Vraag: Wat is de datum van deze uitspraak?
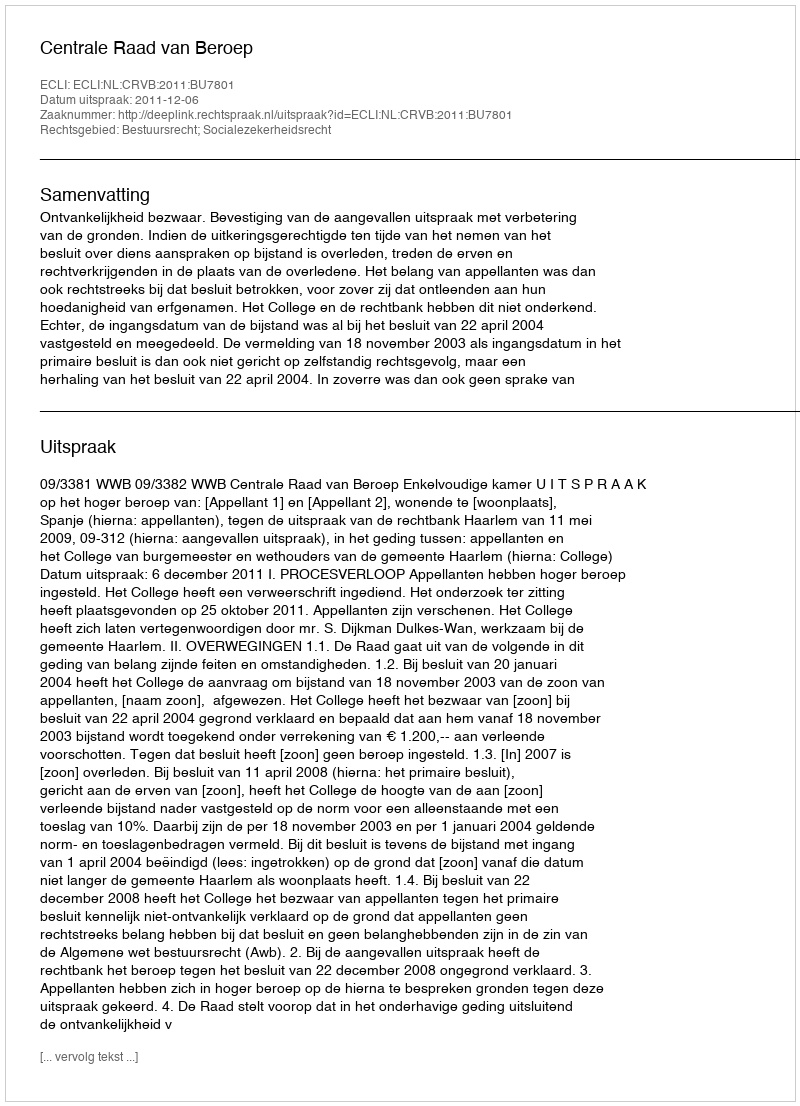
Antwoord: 2011-12-06